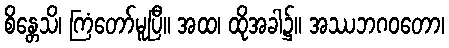
စိန္တေသိ၊ ကြံတော်မူပြီ။ အထ၊ ထိုအခါ၌။ အဿဘဂဝတော၊